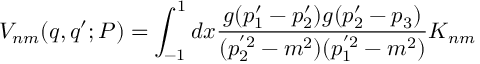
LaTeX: V _ { n m } ( q , q ^ { \prime } ; P ) = \int _ { - 1 } ^ { 1 } d x \frac { g ( p _ { 1 } ^ { \prime } - p _ { 2 } ^ { \prime } ) g ( p _ { 2 } ^ { \prime } - p _ { 3 } ) } { ( p _ { 2 } ^ { ' 2 } - m ^ { 2 } ) ( p _ { 1 } ^ { ' 2 } - m ^ { 2 } ) } K _ { n m }